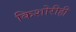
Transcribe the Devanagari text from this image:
किशोरीही